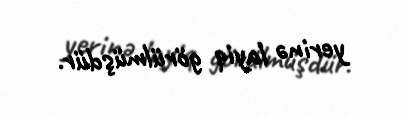
yerinə layiq görülmüşdür.